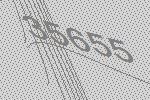
35655